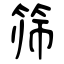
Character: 筛